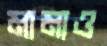
মামাও